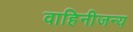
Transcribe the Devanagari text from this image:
वाहिनीजन्य